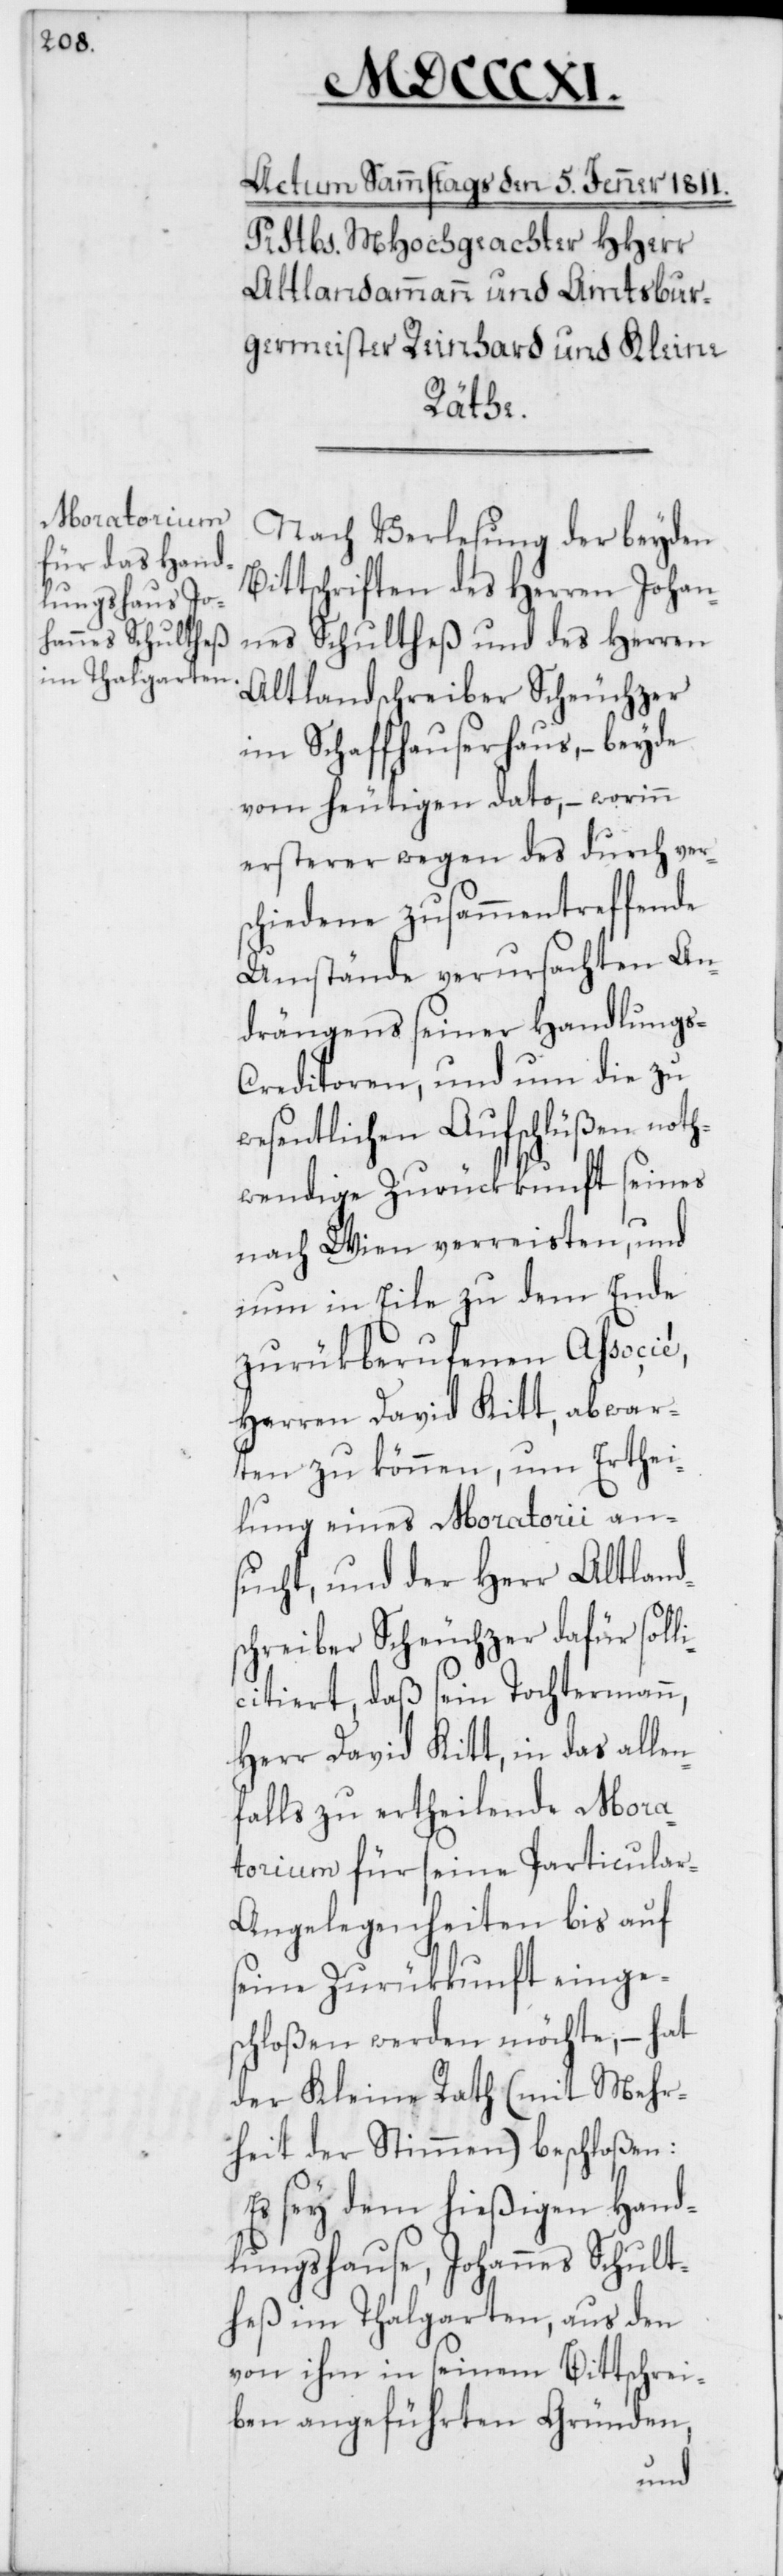
s-C¬
Nach Verlesung der beyden
Bittschriften des Herren Johan¬
nes Schultheß und des Herren
Altlandschreiber Scheuchzer
im Schaffhauserhaus, – beyde
vom heutigen dato, – worinn
ersterer wegen des durch vers¬
chiedene zusammentreffende
Umstände verursachten An¬
drängens seiner Handlung¬
reditoren, und um die zu
wesentlichen Aufschlüßen noth¬
wendige Zurückkunft seines
nach Wien verreisten, und
nun in Eile zu dem Ende
zurükberufenen Associé,
Herren David Kitt, abwar¬
ten zu können, um Erthei¬
lung eines Moratorii an¬
sucht, und der Herr Altland¬
schreiber Scheuchzer dafür soll¬
icitiert, daß sein Tochtermann,
Herr David Kitt, in das allen¬
falls zu ertheilende Mora¬
torium für seine Particula¬
r-Angelegenheiten bis auf
seine Zurükkunft einge¬
schloßen werden möchte, – hat
der Kleine Rath (mit Mehr¬
heit der Stimmen) beschloßen:
Es sey dem hießigen Hand¬
lungshause, Johannes Schult¬
heß im Thalgarten, aus den
von ihm in seinem Bittschrei¬
ben angeführten Gründen,